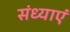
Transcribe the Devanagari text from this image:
संध्याएं